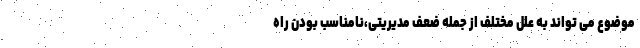
موضوع می تواند به علل مختلف از جمله ضعف مدیریتی،نامناسب بودن راه